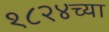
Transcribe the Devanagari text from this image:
१८२४च्या